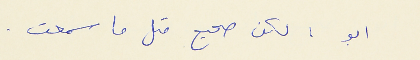
ابو : لكن صحيح متل ما سمعت .